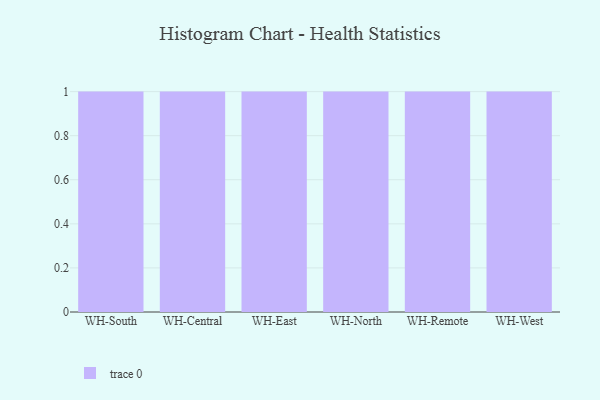
{"axis": {"x": "Warehouse", "y": "Customer Acquisition Cost (USD)"}, "legend": [""], "data": [{"x": "WH-South", "y": 80, "type": ""}, {"x": "WH-Central", "y": 61, "type": ""}, {"x": "WH-East", "y": 82, "type": ""}, {"x": "WH-North", "y": 1, "type": ""}, {"x": "WH-Remote", "y": 56, "type": ""}, {"x": "WH-West", "y": 55, "type": ""}]}